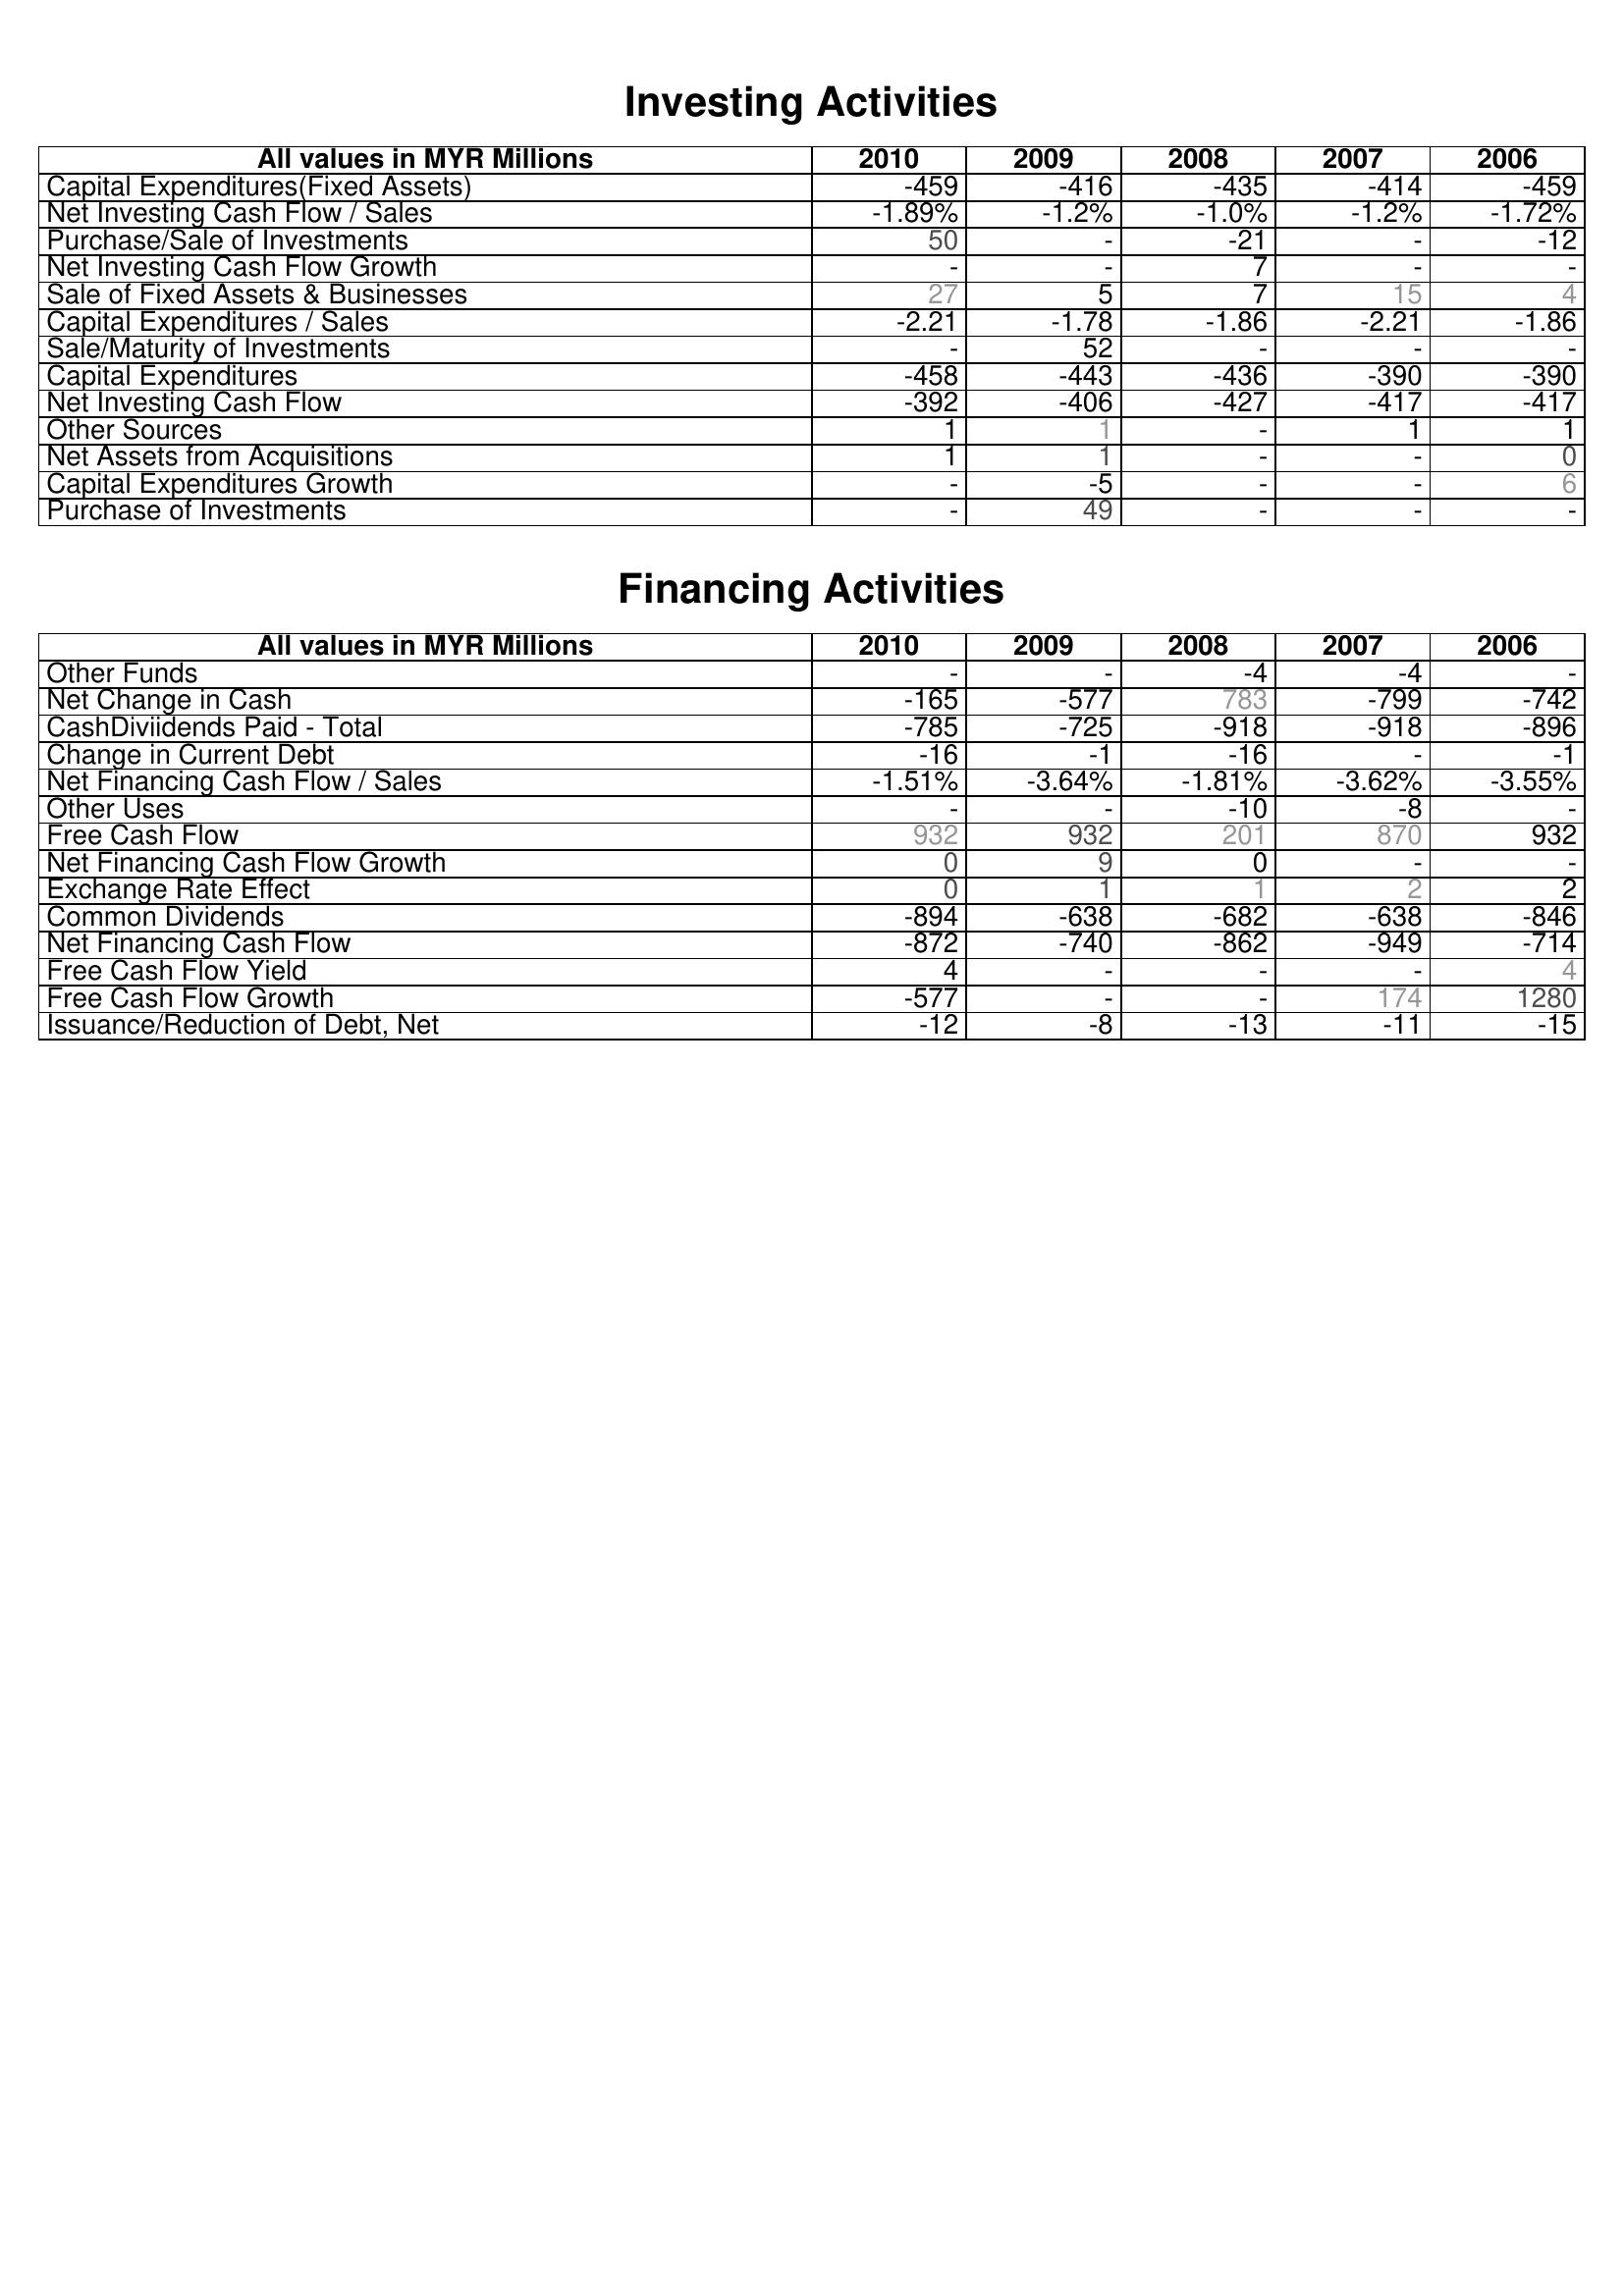
2010: Investing Activities: Capital Expenditures(Fixed Assets): -459
Net Investing Cash Flow / Sales: -1.89%
Purchase/Sale of Investments: 50
Net Investing Cash Flow Growth: -
Sale of Fixed Assets & Businesses: 27
Capital Expenditures / Sales: -2.21
Sale/Maturity of Investments: -
Capital Expenditures: -458
Net Investing Cash Flow: -392
Other Sources: 1
Net Assets from Acquisitions: 1
Capital Expenditures Growth: -
Purchase of Investments: -
Financing Activities: Other Funds: -
Net Change in Cash: -165
CashDiviidends Paid - Total: -785
Change in Current Debt: -16
Net Financing Cash Flow / Sales: -1.51%
Other Uses: -
Free Cash Flow: 932
Net Financing Cash Flow Growth: 0
Exchange Rate Effect: 0
Common Dividends: -894
Net Financing Cash Flow: -872
Free Cash Flow Yield: 4
Free Cash Flow Growth: -577
Issuance/Reduction of Debt, Net: -12
2009: Investing Activities: Capital Expenditures(Fixed Assets): -416
Net Investing Cash Flow / Sales: -1.2%
Purchase/Sale of Investments: -
Net Investing Cash Flow Growth: -
Sale of Fixed Assets & Businesses: 5
Capital Expenditures / Sales: -1.78
Sale/Maturity of Investments: 52
Capital Expenditures: -443
Net Investing Cash Flow: -406
Other Sources: 1
Net Assets from Acquisitions: 1
Capital Expenditures Growth: -5
Purchase of Investments: 49
Financing Activities: Other Funds: -
Net Change in Cash: -577
CashDiviidends Paid - Total: -725
Change in Current Debt: -1
Net Financing Cash Flow / Sales: -3.64%
Other Uses: -
Free Cash Flow: 932
Net Financing Cash Flow Growth: 9
Exchange Rate Effect: 1
Common Dividends: -638
Net Financing Cash Flow: -740
Free Cash Flow Yield: -
Free Cash Flow Growth: -
Issuance/Reduction of Debt, Net: -8
2008: Investing Activities: Capital Expenditures(Fixed Assets): -435
Net Investing Cash Flow / Sales: -1.0%
Purchase/Sale of Investments: -21
Net Investing Cash Flow Growth: 7
Sale of Fixed Assets & Businesses: 7
Capital Expenditures / Sales: -1.86
Sale/Maturity of Investments: -
Capital Expenditures: -436
Net Investing Cash Flow: -427
Other Sources: -
Net Assets from Acquisitions: -
Capital Expenditures Growth: -
Purchase of Investments: -
Financing Activities: Other Funds: -4
Net Change in Cash: 783
CashDiviidends Paid - Total: -918
Change in Current Debt: -16
Net Financing Cash Flow / Sales: -1.81%
Other Uses: -10
Free Cash Flow: 201
Net Financing Cash Flow Growth: 0
Exchange Rate Effect: 1
Common Dividends: -682
Net Financing Cash Flow: -862
Free Cash Flow Yield: -
Free Cash Flow Growth: -
Issuance/Reduction of Debt, Net: -13
2007: Investing Activities: Capital Expenditures(Fixed Assets): -414
Net Investing Cash Flow / Sales: -1.2%
Purchase/Sale of Investments: -
Net Investing Cash Flow Growth: -
Sale of Fixed Assets & Businesses: 15
Capital Expenditures / Sales: -2.21
Sale/Maturity of Investments: -
Capital Expenditures: -390
Net Investing Cash Flow: -417
Other Sources: 1
Net Assets from Acquisitions: -
Capital Expenditures Growth: -
Purchase of Investments: -
Financing Activities: Other Funds: -4
Net Change in Cash: -799
CashDiviidends Paid - Total: -918
Change in Current Debt: -
Net Financing Cash Flow / Sales: -3.62%
Other Uses: -8
Free Cash Flow: 870
Net Financing Cash Flow Growth: -
Exchange Rate Effect: 2
Common Dividends: -638
Net Financing Cash Flow: -949
Free Cash Flow Yield: -
Free Cash Flow Growth: 174
Issuance/Reduction of Debt, Net: -11
2006: Investing Activities: Capital Expenditures(Fixed Assets): -459
Net Investing Cash Flow / Sales: -1.72%
Purchase/Sale of Investments: -12
Net Investing Cash Flow Growth: -
Sale of Fixed Assets & Businesses: 4
Capital Expenditures / Sales: -1.86
Sale/Maturity of Investments: -
Capital Expenditures: -390
Net Investing Cash Flow: -417
Other Sources: 1
Net Assets from Acquisitions: 0
Capital Expenditures Growth: 6
Purchase of Investments: -
Financing Activities: Other Funds: -
Net Change in Cash: -742
CashDiviidends Paid - Total: -896
Change in Current Debt: -1
Net Financing Cash Flow / Sales: -3.55%
Other Uses: -
Free Cash Flow: 932
Net Financing Cash Flow Growth: -
Exchange Rate Effect: 2
Common Dividends: -846
Net Financing Cash Flow: -714
Free Cash Flow Yield: 4
Free Cash Flow Growth: 1280
Issuance/Reduction of Debt, Net: -15